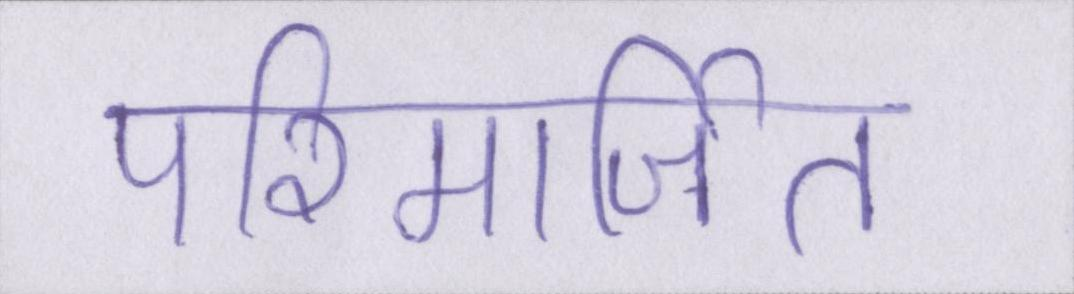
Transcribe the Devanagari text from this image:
परिमार्जित